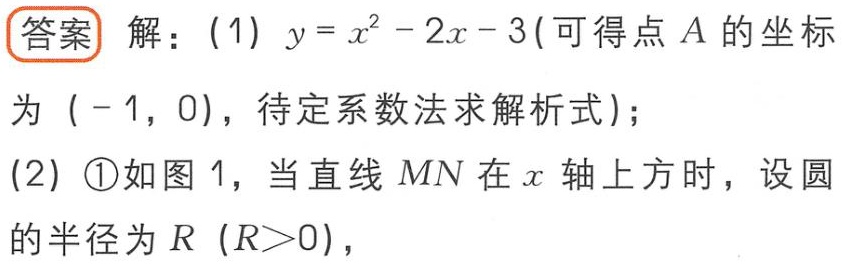
答案 解：(1) \(y = x^{2}-2x - 3\)(可得点\(A\)的坐标
为\((-1,0)\)，待定系数法求解析式)；
(2) \textcircled{1}如图1，当直线\(MN\)在\(x\)轴上方时，设圆
的半径为\(R\) (\(R > 0\))，